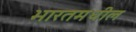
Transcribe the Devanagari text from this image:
भारतमधील